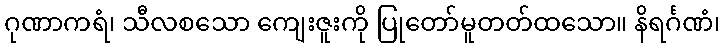
ဂုဏာကရံ၊ သီလစသော ကျေးဇူးကို ပြုတော်မူတတ်ထသော။ နိရင်္ဂဏံ၊